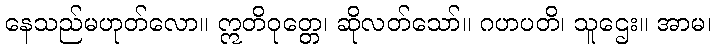
နေသည်မဟုတ်လော။ ဣတိဝုတ္တေ၊ ဆိုလတ်သော်။ ဂဟပတိ၊ သူဌေး။ အာမ၊